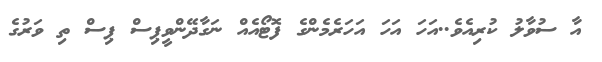
އާ ސުވާލު ކުރިއެވެ..އަހަ އަހަ އަހަރެމެންގެ ފޮޓޯއެއް ނަގާދޭންވީޕިސް ޕިސް ތި ވަރުގެ